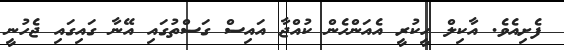
ފެށިއެވެ. އާކިލް ހީކުރީ އެއަންހެން ކުއްޖާ އައިސް ގަސްތުގައި އޭނާ ގައިގައި ޖެހުނީ